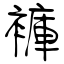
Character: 褲